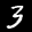
Digit: 3